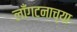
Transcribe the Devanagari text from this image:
लाँगटनाच्या